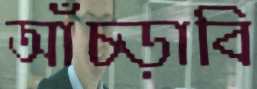
আঁচ্‌ড়াবি